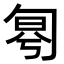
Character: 𠣤